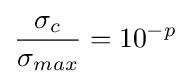
{\frac {\sigma _{c}}{\sigma _{max}}}=10^{-p}